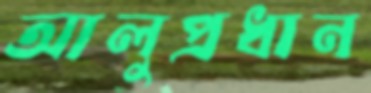
আলুপ্রধান